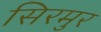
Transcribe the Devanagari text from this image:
सिरमुर